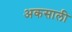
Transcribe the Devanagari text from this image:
अकसाली